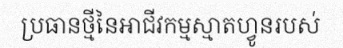
ប្រធានថ្មីនៃអាជីវកម្មស្មាតហ្វូនរបស់